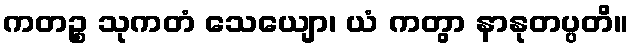
ကတဉ္စ သုကတံ သေယျော၊ ယံ ကတွာ နာနုတပ္ပတိ။